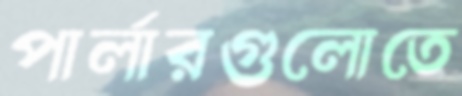
পার্লারগুলোতে